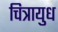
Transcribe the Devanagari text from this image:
चित्रायुध